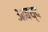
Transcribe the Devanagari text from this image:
आबध्द